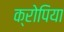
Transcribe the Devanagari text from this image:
क्रोपिया